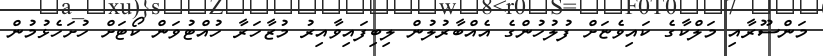
މަންސޫރާއި މަލްކާގެ ކައިވެޏަށް ފުލުހުންގެ އެއްބާރުލުން ލިބިފައިވާއިރު މުޒާހަރާ ހުއްޓުވަން ކޯޓަށް ހުށަހެޅުމުން